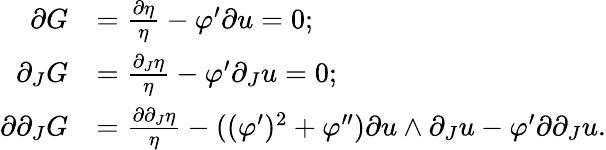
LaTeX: \begin{array}{rl}{\partial G}&{=\frac{\partial\eta}{\eta}-\varphi^{\prime}\partial u=0;}\\ {\partial_{J}G}&{=\frac{\partial_{J}\eta}{\eta}-\varphi^{\prime}\partial_{J}u=0;}\\ {\partial\partial_{J}G}&{=\frac{\partial\partial_{J}\eta}{\eta}-((\varphi^{\prime})^{2}+\varphi^{\prime\prime})\partial u\wedge\partial_{J}u-\varphi^{\prime}\partial\partial_{J}u.}\end{array}